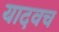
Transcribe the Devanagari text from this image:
यादवच